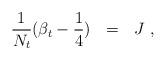
LaTeX: \begin{align*} {1\over N_t}(\beta_t -{1\over 4})~~= ~~J~,\end{align*}